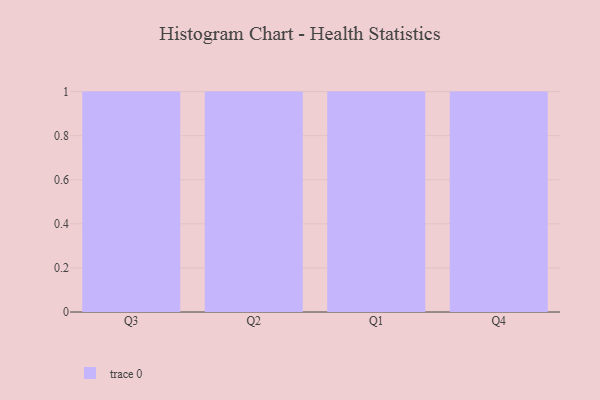
{"axis": {"x": "Quarter", "y": "Operating Costs (USD K)"}, "legend": [""], "data": [{"x": "Q3", "y": 83, "type": ""}, {"x": "Q2", "y": 81, "type": ""}, {"x": "Q1", "y": 64, "type": ""}, {"x": "Q4", "y": 17, "type": ""}]}